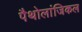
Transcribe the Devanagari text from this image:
पैथोलांजिकल